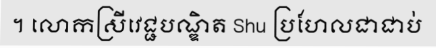
។ លោកស្រីវេជ្ជបណ្ឌិត Shu ប្រហែលជាជាប់